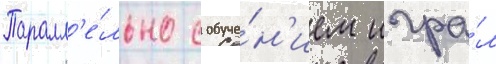
Паралл'е́льно с обуче́н'ием игра́л